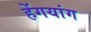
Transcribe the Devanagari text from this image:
हेंगयांग